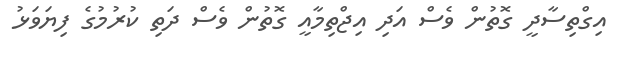
އިގްތިސާދީ ގޮތުން ވެސް އަދި އިޖްތިމާއީ ގޮތުން ވެސް ދަތި ކުރުމުގެ ފިޔަވަޅު